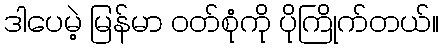
ဒါပေမဲ့ မြန်မာ ဝတ်စုံကို ပိုကြိုက်တယ်။